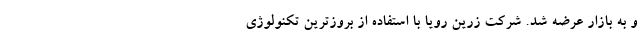
و به بازار عرضه شد. شرکت زرین رویا با استفاده از بروزترین تکنولوژی